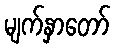
မျက်နှာတော်